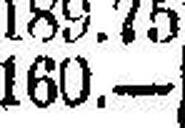
160.—